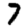
Digit: 7